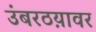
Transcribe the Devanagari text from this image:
उंबरठय़ावर